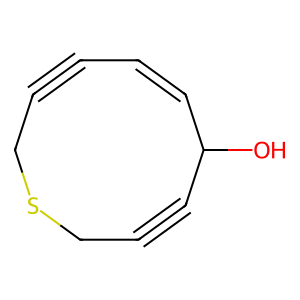
SMILES: OC1C#CCSCC#CC=C1
Inhibits HIV replication: No